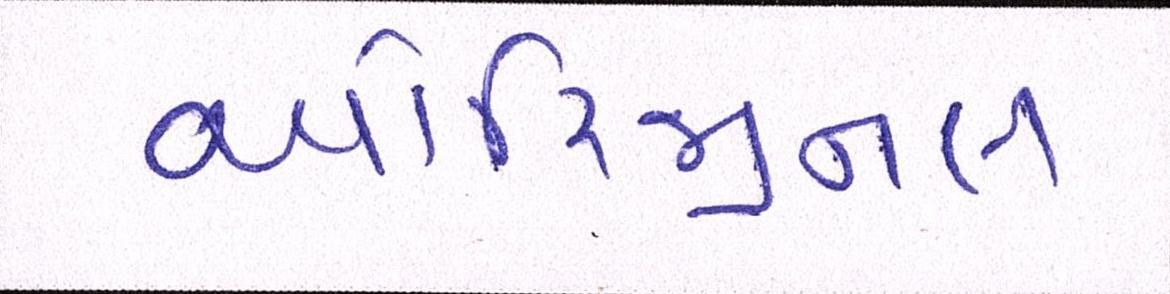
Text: ઓરિજીનલ